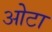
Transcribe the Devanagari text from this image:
ओेटा